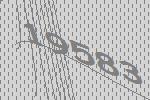
19583